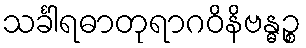
သင်္ခါရဓာတုရာဂဝိနိဗန္ဓဉ္စ